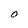
Character: O